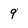
Character: 9